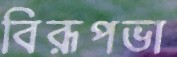
বিরূপভা